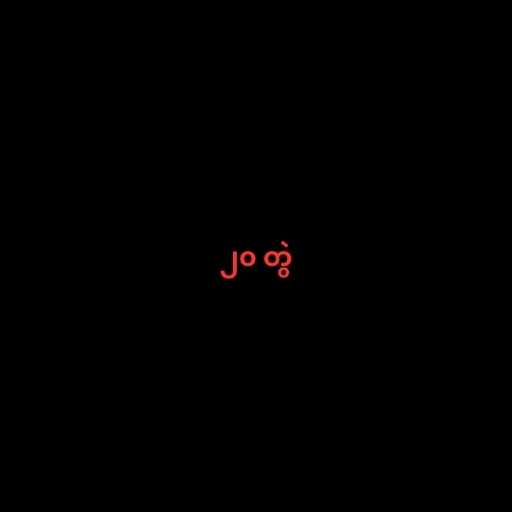
၂၀ တွဲ